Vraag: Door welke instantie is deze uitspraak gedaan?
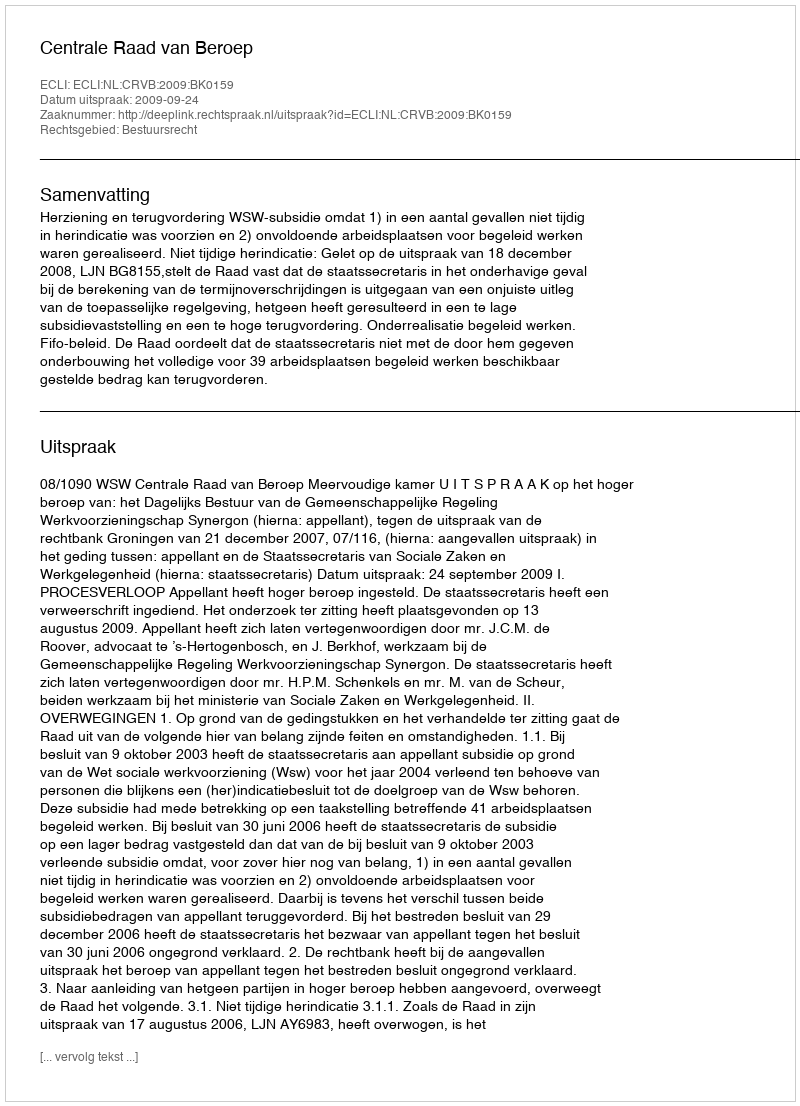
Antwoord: Centrale Raad van Beroep